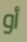
أو